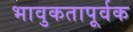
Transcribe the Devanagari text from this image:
भावुकतापूर्वक